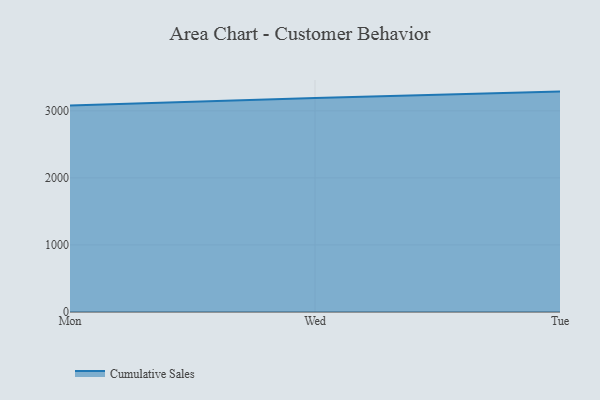
{"axis": {"x": "Day", "y": "Conversion Rate (%)"}, "legend": ["Cumulative Sales"], "data": [{"x": "Mon", "y": 3078.9, "type": "Cumulative Sales"}, {"x": "Wed", "y": 3190.3, "type": "Cumulative Sales"}, {"x": "Tue", "y": 3286.8, "type": "Cumulative Sales"}]}